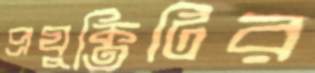
প্রযুক্তিটির